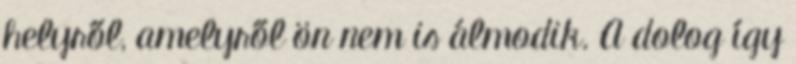
helyről, amelyről ön nem is álmodik. A dolog így